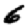
Digit: 6